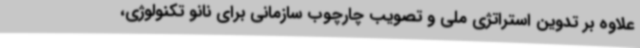
علاوه بر تدوین استراتژی ملی و تصویب چارچوب سازمانی برای نانو تکنولوژی،